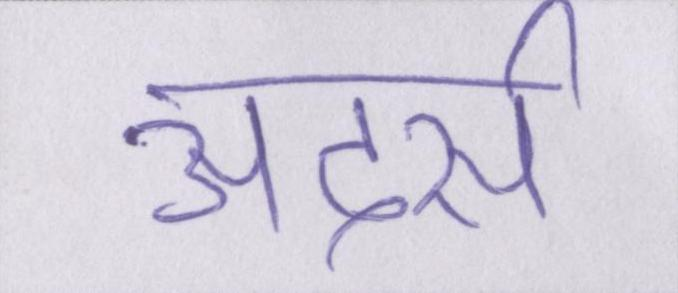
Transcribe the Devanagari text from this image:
अदर्स